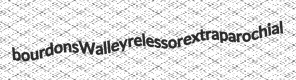
bourdons Walley relessor extraparochial